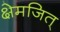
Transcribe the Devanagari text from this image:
क्षेमजित्